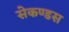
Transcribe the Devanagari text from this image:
सेकण्डस